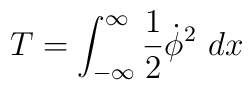
T = \int_{-\infty}^{\infty} {1 \over 2} \dot\phi^2  \ dx